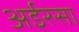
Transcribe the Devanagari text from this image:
अईरसा